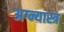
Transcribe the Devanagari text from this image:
अग्न्यास्त्र